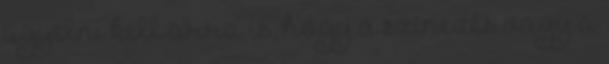
ügyelni kell arra is, hogy a színezés vagy a